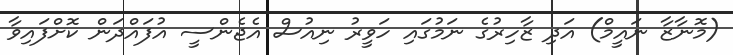
(މޮނާޒާ ނައީމް) އަދި ޒާހިރުގެ ނަމުގައި ހަވީރު ނިއުސް އެޖެންސީ އުފަައްދަން ކޮށްފައިވާ